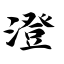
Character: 澄